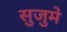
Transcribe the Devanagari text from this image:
सुजुमे